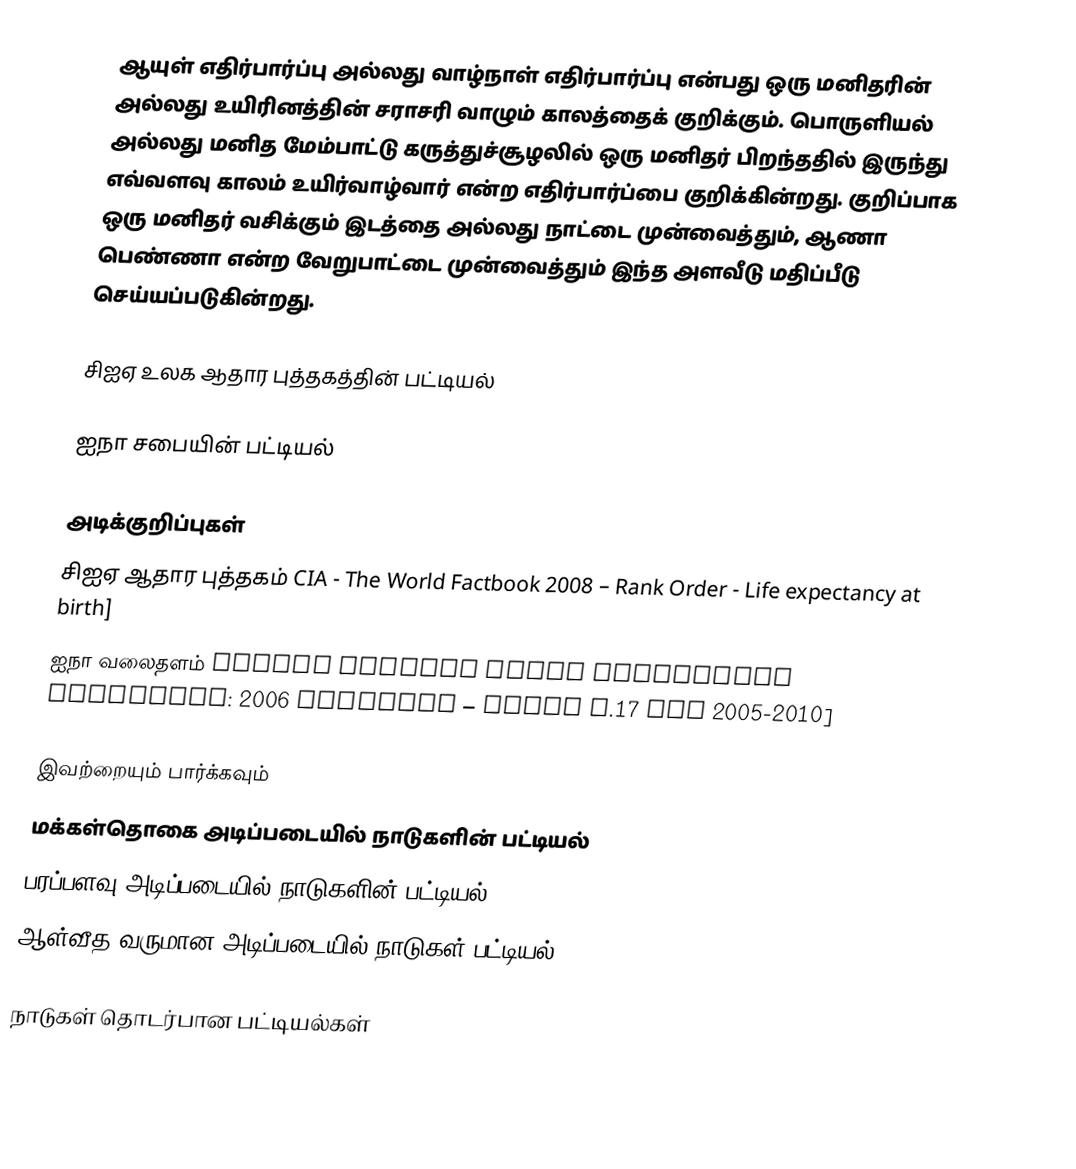
ஆயுள் எதிர்பார்ப்பு அல்லது வாழ்நாள் எதிர்பார்ப்பு என்பது ஒரு மனிதரின் அல்லது உயிரினத்தின் சராசரி வாழும் காலத்தைக் குறிக்கும். பொருளியல் அல்லது மனித மேம்பாட்டு கருத்துச்சூழலில் ஒரு மனிதர் பிறந்ததில் இருந்து எவ்வளவு காலம் உயிர்வாழ்வார் என்ற எதிர்பார்ப்பை குறிக்கின்றது. குறிப்பாக ஒரு மனிதர் வசிக்கும் இடத்தை அல்லது நாட்டை முன்வைத்தும், ஆணா பெண்ணா என்ற வேறுபாட்டை முன்வைத்தும் இந்த அளவீடு மதிப்பீடு செய்யப்படுகின்றது.

சிஐஏ உலக ஆதார புத்தகத்தின் பட்டியல்

ஐநா சபையின் பட்டியல்

அடிக்குறிப்புகள்
 சிஐஏ ஆதார புத்தகம் CIA - The World Factbook 2008  – Rank Order - Life expectancy at birth]
 ஐநா வலைதளம் United Nations World Population Propsects: 2006 revision – Table A.17 for 2005-2010]

இவற்றையும் பார்க்கவும்
 மக்கள்தொகை அடிப்படையில் நாடுகளின் பட்டியல்
 பரப்பளவு அடிப்படையில் நாடுகளின் பட்டியல்
 ஆள்வீத வருமான அடிப்படையில் நாடுகள் பட்டியல்

நாடுகள் தொடர்பான பட்டியல்கள்